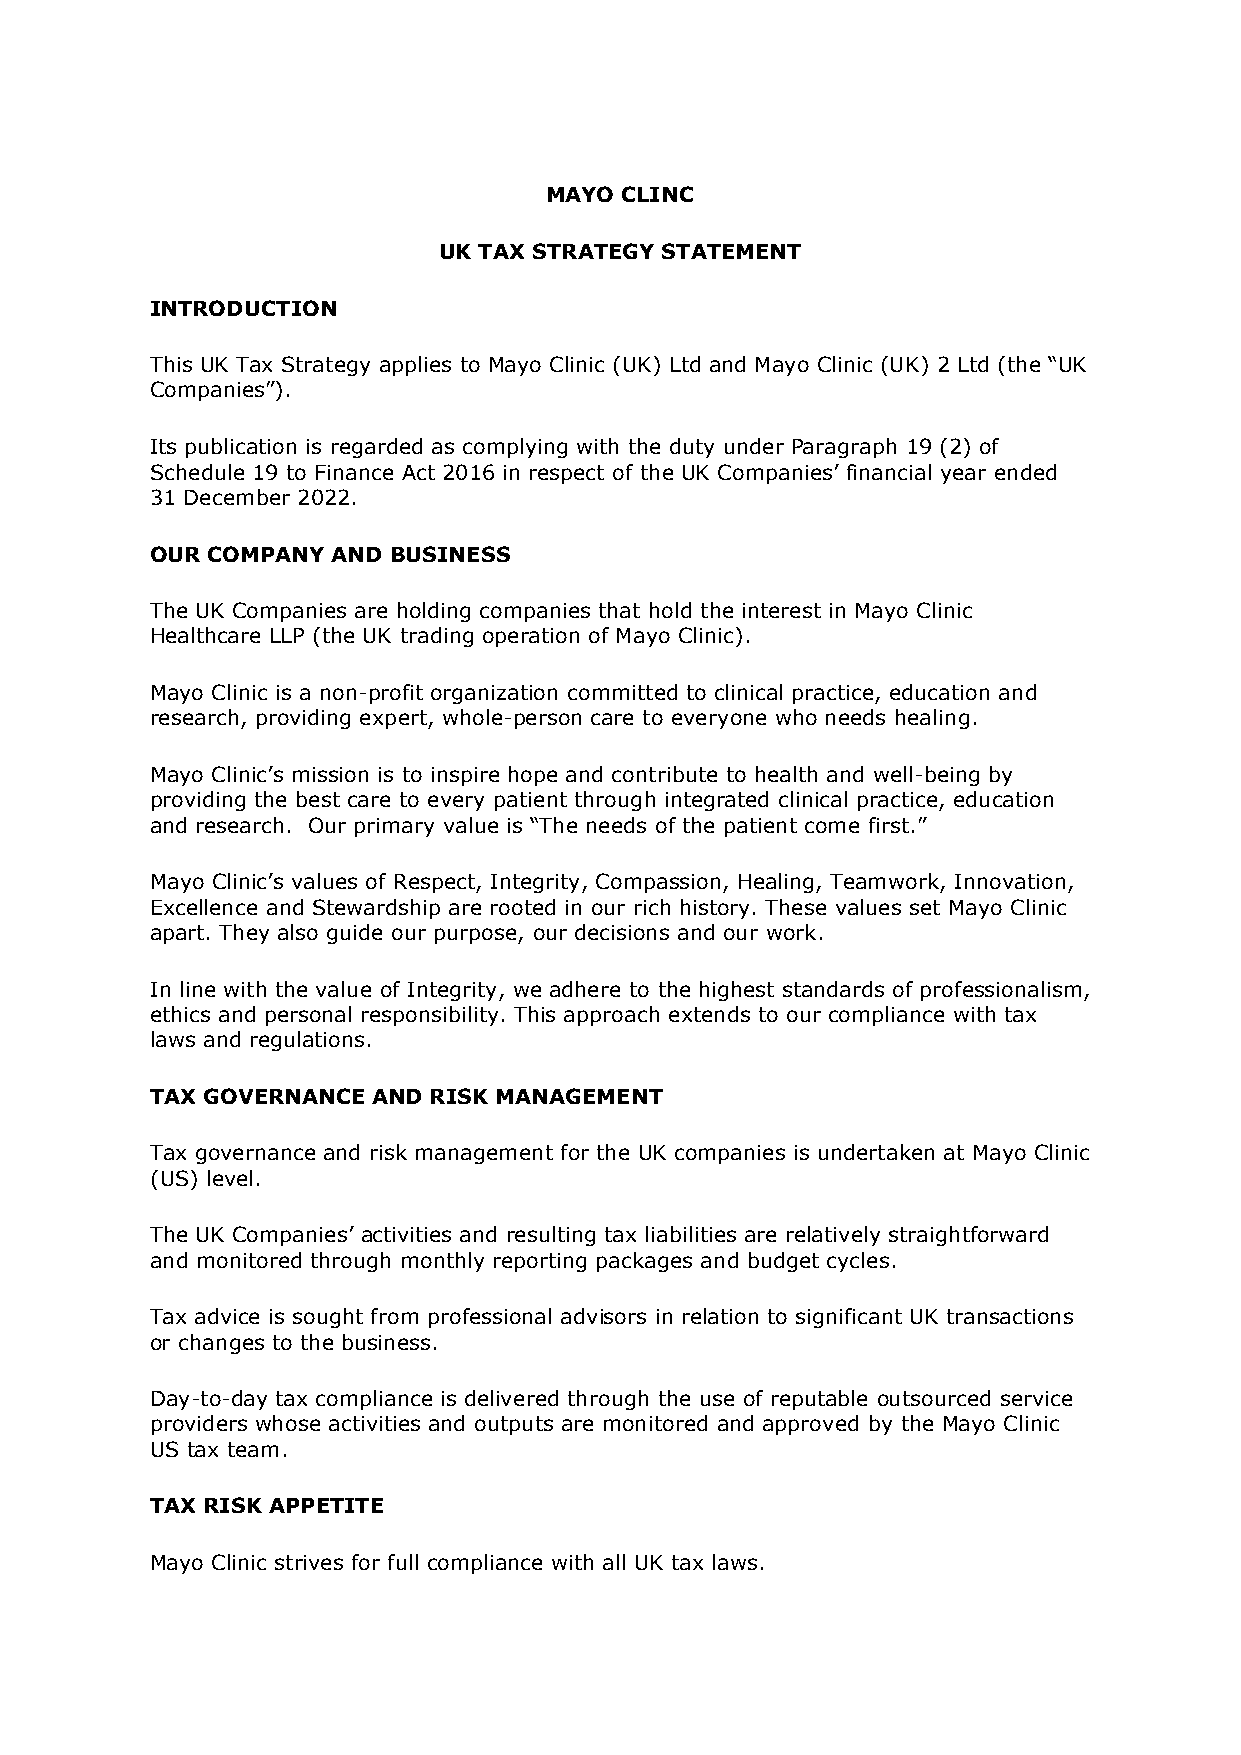
MAYO CLINC
 UK TAX STRATEGY STATEMENT
 INTRODUCTION
 This UK Tax Strategy applies to Mayo Clinic (UK) Ltd and Mayo Clinic (UK) 2 Ltd (the “UK
 Companies”).
 Its publication is regarded as complying with the duty under Paragraph 19 (2) of
 Schedule 19 to Finance Act 2016 in respect of the UK Companies’ financial year ended
 31 December 2022.
 OUR COMPANY AND BUSINESS
 The UK Companies are holding companies that hold the interest in Mayo Clinic
 Healthcare LLP (the UK trading operation of Mayo Clinic).
 Mayo Clinic is a non-profit organization committed to clinical practice, education and
 research, providing expert, whole-person care to everyone who needs healing.
 Mayo Clinic’s mission is to inspire hope and contribute to health and well-being by
 providing the best care to every patient through integrated clinical practice, education
 and research. Our primary value is “The needs of the patient come first.”
 Mayo Clinic’s values of Respect, Integrity, Compassion, Healing, Teamwork, Innovation,
 Excellence and Stewardship are rooted in our rich history. These values set Mayo Clinic
 apart. They also guide our purpose, our decisions and our work.
 In line with the value of Integrity, we adhere to the highest standards of professionalism,
 ethics and personal responsibility. This approach extends to our compliance with tax
 laws and regulations.
 TAX GOVERNANCE AND RISK MANAGEMENT
 Tax governance and risk management for the UK companies is undertaken at Mayo Clinic
 (US) level.
 The UK Companies’ activities and resulting tax liabilities are relatively straightforward
 and monitored through monthly reporting packages and budget cycles.
 Tax advice is sought from professional advisors in relation to significant UK transactions
 or changes to the business.
 Day-to-day tax compliance is delivered through the use of reputable outsourced service
 providers whose activities and outputs are monitored and approved by the Mayo Clinic
 US tax team.
 TAX RISK APPETITE
 Mayo Clinic strives for full compliance with all UK tax laws.